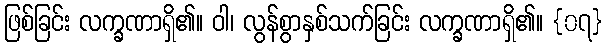
ဖြစ်ခြင်း လက္ခဏာရှိ၏။ ဝါ၊ လွန်စွာနှစ်သက်ခြင်း လက္ခဏာရှိ၏။ {၀၇}